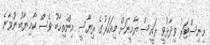
މިނިސްޓަރު ވިދާޅުވީ ރައީސް ޔާމީނަށް މިއަހަރުގެ ރިޔާސީ އިންތިޚާބު ވެސް ކާމިޔާބު ނުވާނެ